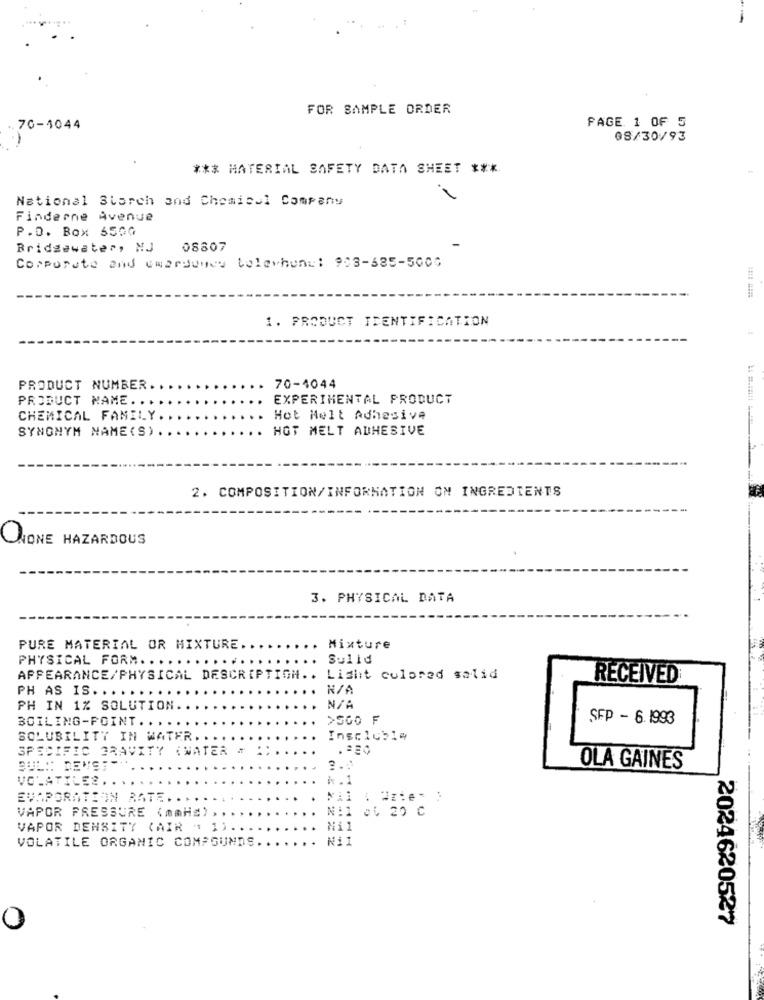
FOR SAMPLE ORDER
70-4044
PAGE 1 OF 5
08/30/93
*** MATERIAL SAFETY DATA SHEET ***
National Starch and Chemical Company
Finderne Avenue
P.O. Box 6500
Bridgewater, NJ 08807
Corporate and umarjuice Celachuns: 908-685-5000
1. PRODUCT IDENTIFICATION
PRODUCT NUMBER.
70-4044
PRODUCT NAME. ..
EXPERIMENTAL PRODUCT
CHEMICAL FAMILY.
Hot Helt Adhesive
SYNONYM NAME (S)
HOT MELT ADHESIVE
2. COMPOSITION/INFORMATION ON INGREDIENTS
CRONE HAZARDOUS
3. PHYSICAL DATA
PURE MATERIAL OR MIXTURE ..
Mixture
PHYSICAL FORM. ..
Sulid
APPEARANCE/PHYSICAL DESCRIPTICH.
Light colored solid
RECEIVED
PH AS IS. .. . ..
PH IN 1% SOLUTION
>SGO F
SFP - 6.1993
BOILING-POINT. .....
SOLUBILITY IN WATER ..
Insoluble
SPECIFIC GRAVITY (WATER = : )
BUL#: DENS ;-;
OLA GAINES
VOLATILES ...
*. 1
EVAPORATION RATE. ..
VAPOR PRESSURE (mmH=) ,,
Nil ou 20 C
VAPOR DENSITY (AIR " 1)
Nil
VOLATILE ORGANIC COMPOUNDS ..
Nil
2024620527
0